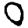
Digit: 0